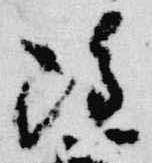
雖